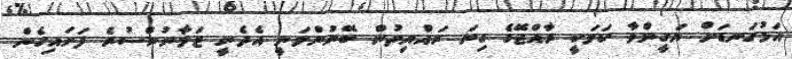
އަޅުގަނޑަށް ޔަގީންވާ ކަމަކީ ރާއްޖޭގެ ގިނަ ރައްޔިތުން ބޭނުންވަނީ އެދެނީ ޒަމާނުންސުރެ ފަށައިގެން